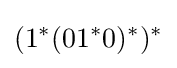
(1^{*}(01^{*}0)^{*})^{*}\,\!